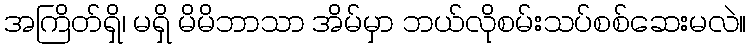
အကြိတ်ရှိ၊ မရှိ မိမိဘာသာ အိမ်မှာ ဘယ်လိုစမ်းသပ်စစ်ဆေးမလဲ။